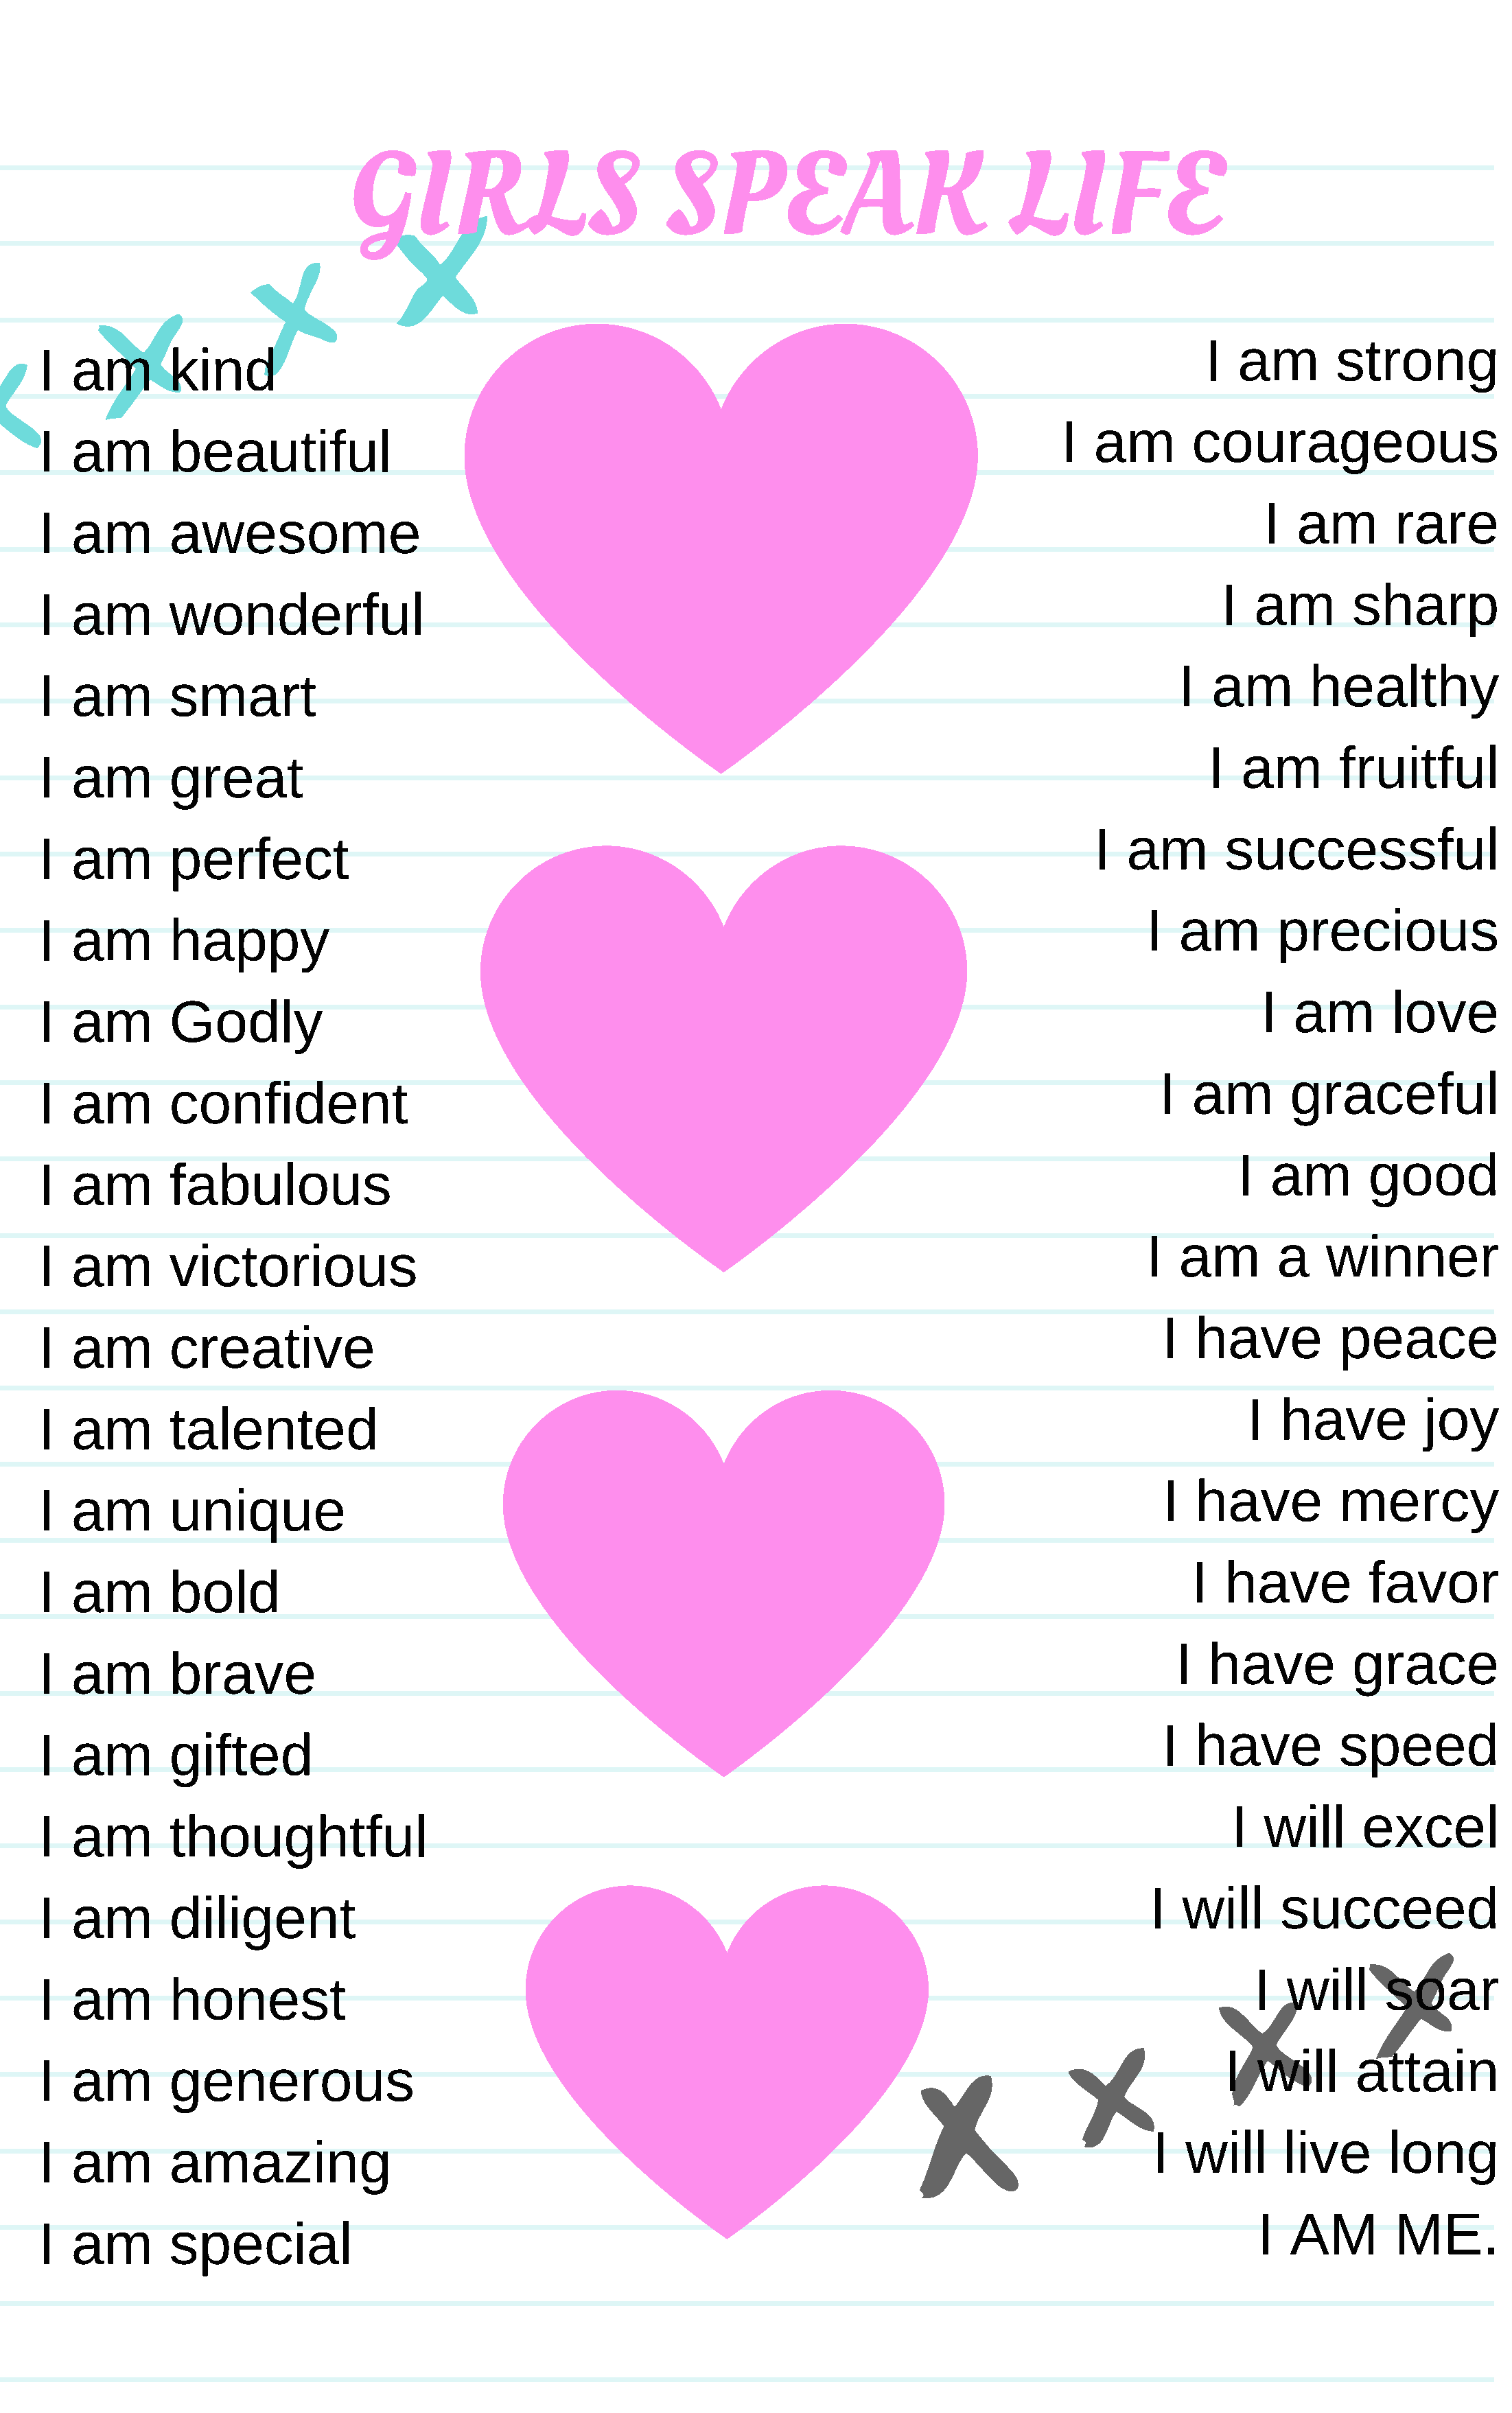
GIRLS                         SPEAK                            LIFE
 I  am        strong
 I  am       kind
 I  am        courageous
 I  am       beautiful
 I  am       rare
 I  am       awesome
 I  am       sharp
 I  am       wonderful
 I  am       healthy
 I  am       smart
 I  am       fruitful
 I  am       great
 I   am       successful
 I  am       perfect
 I  am       precious
 I  am       happy
 I  am       love
 I  am       Godly
 I  am       graceful
 I  am       confident
 I  am        good
 I  am       fabulous
 I  am       a    winner
 I  am       victorious
 I  have          peace
 I  am       creative
 I  have          joy
 I  am       talented
 I  have          mercy
 I  am       unique
 I  have          favor
 I  am       bold
 I  have          grace
 I  am       brave
 I  have          speed
 I  am       gifted
 I  will     excel
 I  am       thoughtful
 I  will     succeed
 I  am       diligent
 I  will      soar
 I  am       honest
 I  will      attain
 I  am       generous
 I  will      live      long
 I  am       amazing
 I  AM        ME.
 I  am       special